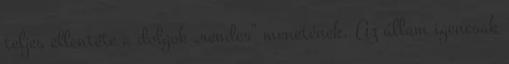
teljes ellentéte a dolgok „rendes” menetének. Az állam igencsak